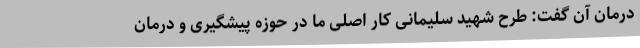
درمان آن گفت: طرح شهید سلیمانی کار اصلی ما در حوزه پیشگیری و درمان